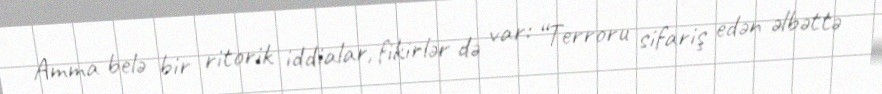
Amma belə bir ritorik iddialar, fikirlər də var: “Terroru sifariş edən əlbəttə